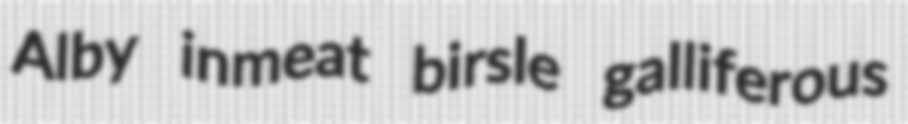
Alby inmeat birsle galliferous